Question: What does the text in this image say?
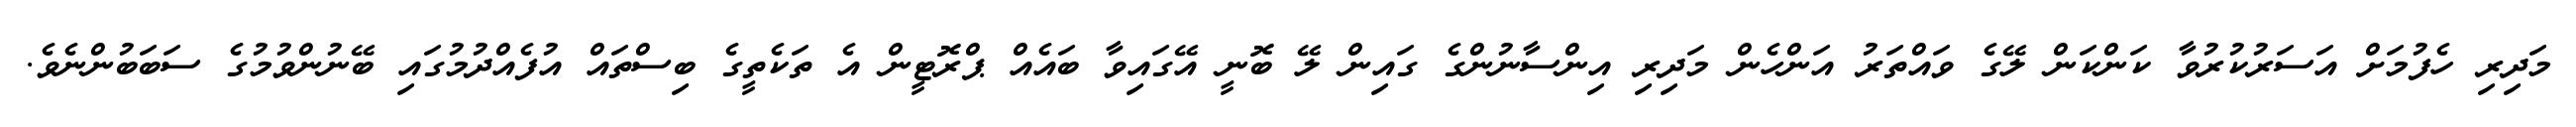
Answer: މަދިރި ހެފުމަށް އަސަރުކުރުވާ ކަންކަން ލޭގެ ވައްތަރު އަންހެން މަދިރި އިންސާނުންގެ ގައިން ލޭ ބޮނީ އޭގައިވާ ބައެއް ޕްރޮޓީން އެ ތަކެތީގެ ބިސްތައް އުފެއްދުމުގައި ބޭނުންވުމުގެ ސަބަބުންނެވެ.